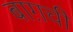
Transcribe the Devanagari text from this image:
बाग़ची